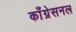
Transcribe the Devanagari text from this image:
काँग्रेसनल